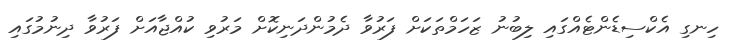
ހިނގި އެކްސިޑެންޓެއްގައި ލިބުނު ޒަހަމްތަކަށް ފަރުވާ ދެމުންދަނިކޮށް މަރުވި ކުއްޖާއަށް ފަރުވާ ދިނުމުގައި